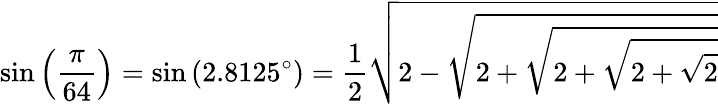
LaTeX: \sin\left({\frac{\pi}{64}}\right)=\sin\left(2.8125^{\circ}\right)={\frac{1}{2}}{\sqrt{2-{\sqrt{2+{\sqrt{2+{\sqrt{2+{\sqrt{2}}}}}}}}}}